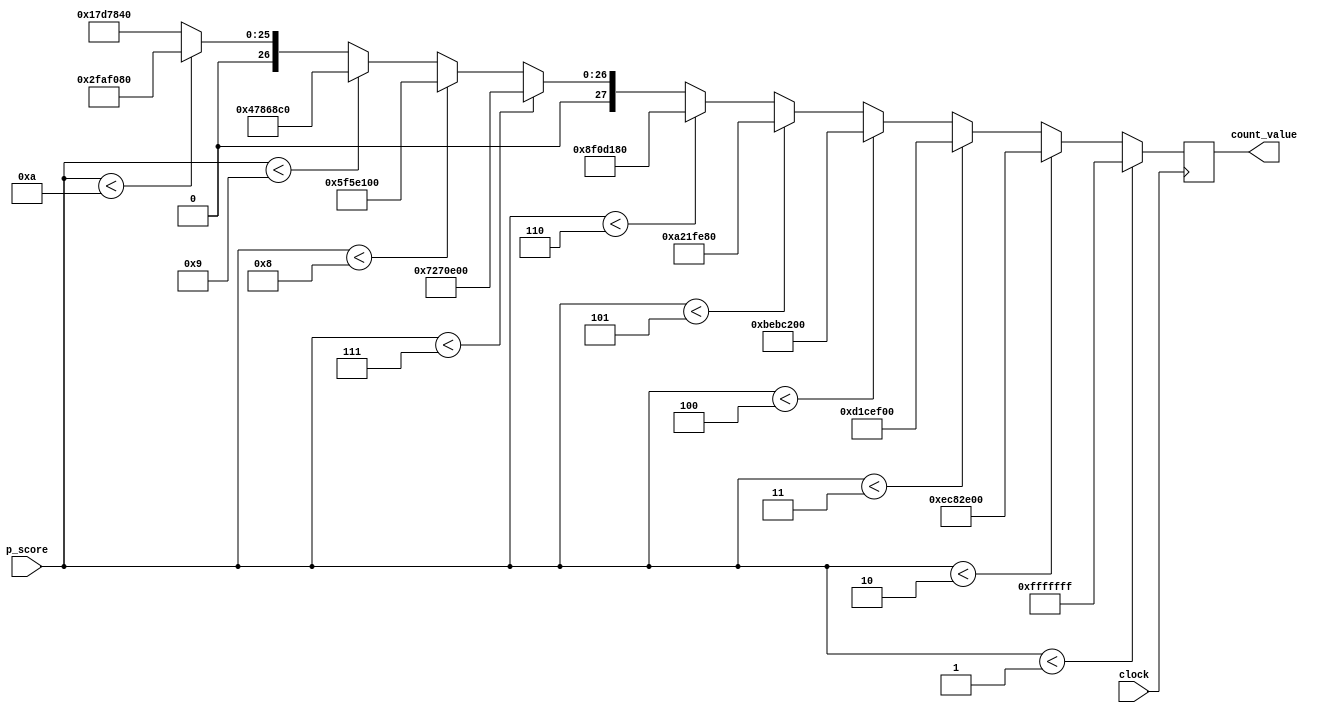
`timescale 1ns / 1ps
//////////////////////////////////////////////////////////////////////////////////
// Company: 
// Engineer: 
// 
// Design Name: 
// Module Name:    game_speed 
// Project Name: 
// Target Devices: 
// Tool versions: 
// Description: 
//
// Dependencies: 
//
// Revision: 
// Revision 0.01 - File Created
// Additional Comments: 
//
//////////////////////////////////////////////////////////////////////////////////
module game_speed(
    input clock,
    input [7:0] p_score,
    output reg [27:0] count_value
    );

always @ (posedge clock)
begin
	count_value <= (
		(p_score < 1 ) ? 28'b1111111111111111111111111111 : // 2.7 Seconds
		(p_score < 2 ) ? 28'b1110110010000010111000000000 : // 2.5 Seconds
		(p_score < 3 ) ? 28'b1101000111001110111100000000 : // 2.2 Seconds
		(p_score < 4 ) ? 28'b1011111010111100001000000000 : // 2.0 Seconds
		(p_score < 5 ) ? 28'b1010001000011111111010000000 : // 1.7 Seconds
		(p_score < 6 ) ? 28'b1000111100001101000110000000 : // 1.5 Seconds
		(p_score < 7 ) ? 28'b0111001001110000111000000000 : // 1.2 Seconds
		(p_score < 8 ) ? 28'b0101111101011110000100000000 : // 1.0 Seconds
		(p_score < 9 ) ? 28'b0100011110000110100011000000 : // 0.75 Seconds
		(p_score < 10) ? 28'b0010111110101111000010000000 : // 0.50 Seconds
							  28'b0001011111010111100001000000); // 0.25 Seconds; Expert mode, boys!
																		
end

endmodule